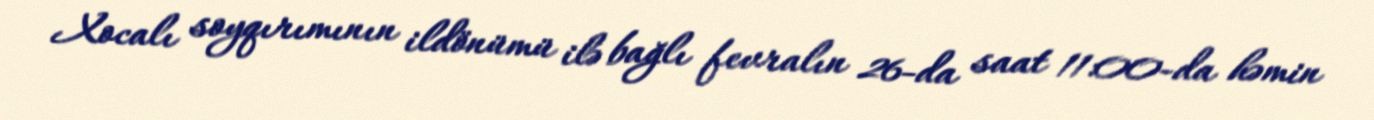
Xocalı soyqırımının ildönümü ilə bağlı fevralın 26-da saat 11:00-da həmin